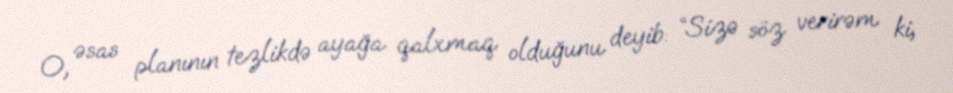
O, əsas planının tezlikdə ayağa qalxmaq olduğunu deyib: “Sizə söz verirəm ki,